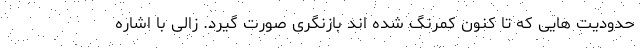
حدودیت هایی که تا کنون کمرنگ شده اند بازنگری صورت گیرد. زالی با اشاره